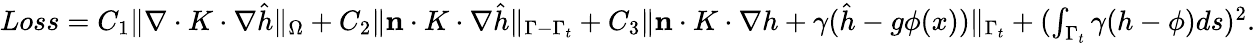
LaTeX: \begin{array}{r}{Loss=C_{1}\| \nabla\cdot K\cdot\nabla\hat{h}\| _{\Omega}+C_{2}\| \mathbf{n}\cdot K\cdot\nabla\hat{h}\| _{\Gamma-\Gamma_{t}}+C_{3}\| \mathbf{n}\cdot K\cdot\nabla h+\gamma(\hat{h}-g\phi(x))\| _{\Gamma_{t}}+(\int_{\Gamma_{t}}\gamma(h-\phi)ds)^{2}.}\end{array}